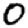
Digit: 0